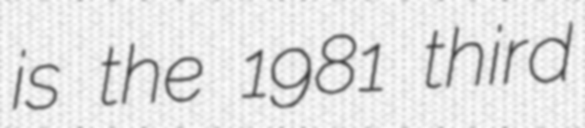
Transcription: is the 1981 third